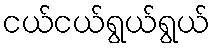
ငယ်ငယ်ရွယ်ရွယ်